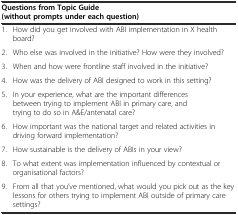
<table><thead><tr><td colspan="2"><b>Questions from Topic Guide (without prompts under each question)</b></td></tr></thead><tbody><tr><td>1.</td><td>How did you get involved with ABI implementation in X health board?</td></tr><tr><td>2.</td><td>Who else was involved in the initiative? How were they involved?</td></tr><tr><td>3.</td><td>When and how were frontline staff involved in the initiative?</td></tr><tr><td>4.</td><td>How was the delivery of ABI designed to work in this setting?</td></tr><tr><td>5.</td><td>In your experience, what are the important differences between trying to implement ABI in primary care, and trying to do so in A&amp;E/antenatal care?</td></tr><tr><td>6.</td><td>How important was the national target and related activities in driving forward implementation?</td></tr><tr><td>7.</td><td>How sustainable is the delivery of ABIs in your view?</td></tr><tr><td>8.</td><td>To what extent was implementation influenced by contextual or organisational factors?</td></tr><tr><td>9.</td><td>From all that you’ve mentioned, what would you pick out as the key lessons for others trying to implement ABI outside of primary care settings?</td></tr></tbody></table>